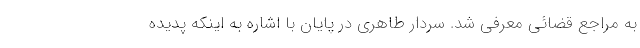
به مراجع قضائی معرفی شد. سردار طاهری در پایان با اشاره به اینکه پدیده